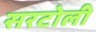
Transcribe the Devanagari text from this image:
सरटोली